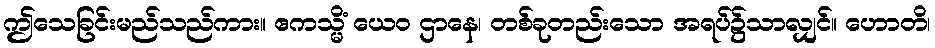
ဤသေခြင်းမည်သည်ကား။ ဧကသ္မိံ ယေဝ ဌာနေ၊ တစ်ခုတည်းသော အရပ်၌သာလျှင်။ ဟောတိ၊